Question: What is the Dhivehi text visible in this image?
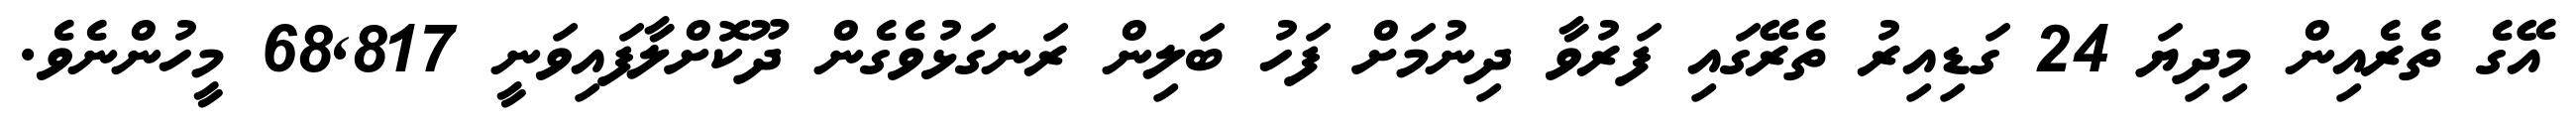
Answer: އޭގެ ތެރެއިން މިދިޔަ 24 ގަޑިއިރު ތެރޭގައި ފަރުވާ ދިނުމަށް ފަހު ބަލިން ރަނގަޅުވެގެން ދޫކޮށްލާފައިވަނީ 68,817 މީހުންނެވެ.